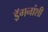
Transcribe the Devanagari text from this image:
ड्रॅगनांशी